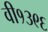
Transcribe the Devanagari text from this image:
वी१३९६